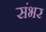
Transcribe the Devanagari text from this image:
संभर